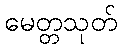
မေတ္တသုတ်